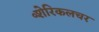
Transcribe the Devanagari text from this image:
॰शेरिकलचर